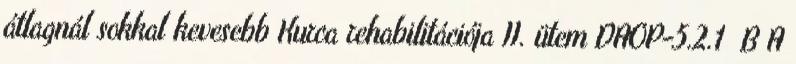
átlagnál sokkal kevesebb Kurca rehabilitációja II. ütem DAOP-5.2.1 B A